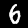
Digit: 6